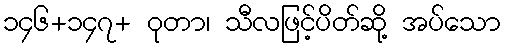
၁၄၆+၁၄၇+ ဝုတာ၊ သီလဖြင့်ပိတ်ဆို့ အပ်သော